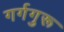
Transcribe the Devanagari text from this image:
गर्गगुरू